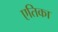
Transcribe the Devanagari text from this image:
एतिका